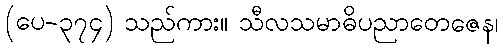
(ပေ-၃၇၄) သည်ကား။ သီလသမာဓိပညာတေဇေန၊